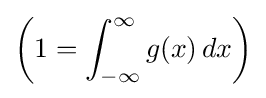
\left(1=\int _{-\infty }^{\infty }g(x)\,dx\right)